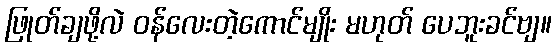
ဖြုတ်ချဖို့လဲ ဝန်လေးတဲ့ကောင်မျိုး မဟုတ် ပေဘူးခင်ဗျ။